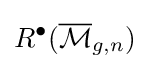
R^{\bullet }({\overline {\mathcal {M}}}_{g,n})